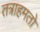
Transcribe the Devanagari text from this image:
तत्राहमतो